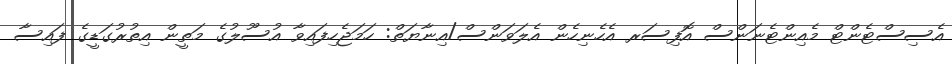
އެސިސްޓެންޓް މެއިންޓެނަންސް އޮފިސަރ އެހެނިހެން އެލަވަންސް/އިނާޔަތް: ހަމަޖެހިފައިވާ އުސޫލުގެ މަތީން އިތުރުގަޑީގެ ފައިސާ